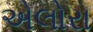
એલોરા